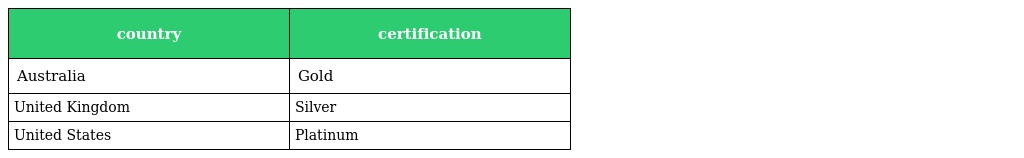
| country | certification |
 | --- | --- |
 | Australia | Gold |
 | United Kingdom | Silver |
 | United States | Platinum |